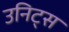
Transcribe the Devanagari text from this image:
उनिट्स